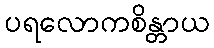
ပရလောကစိန္တာယ